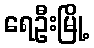
ရေဦးမြို့